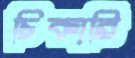
চিকারি